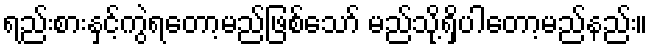
ရည်းစားနှင့်ကွဲရတော့မည်ဖြစ်သော် မည်သို့ရှိပါတော့မည်နည်း။